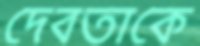
দেবতাকে